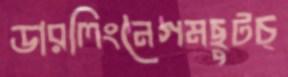
ডারলিংনৈগমছুটচ্